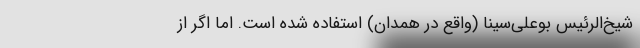
شیخ‌الرئیس بوعلی‌سینا (واقع در همدان) استفاده شده است. اما اگر از